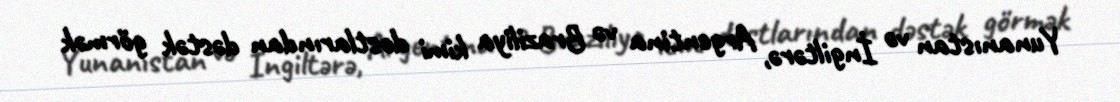
Yunanıstan və İngiltərə, Argentina və Braziliya kimi dostlarından dəstək görmək